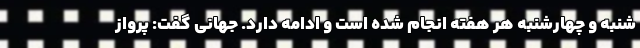
شنبه و چهارشنبه هر هفته انجام شده است و ادامه دارد. جهانی گفت: پرواز